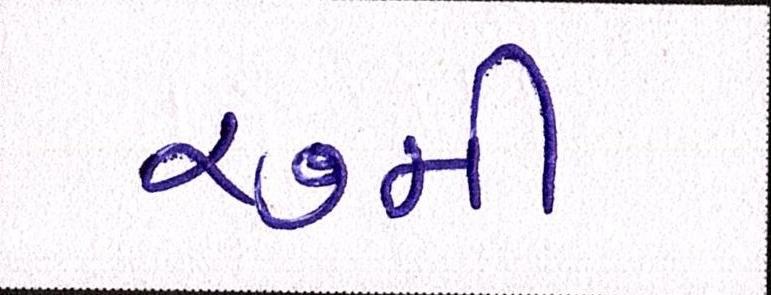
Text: ૨૭મી